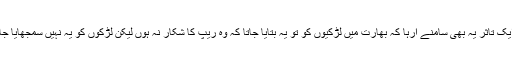
تاہم خواتین کی جانب سے ایک تاثر یہ بھی سامنے آرہا کہ بھارت میں لڑکیوں کو تو یہ بتایا جاتا کہ وہ ریپ کا شکار نہ ہوں لیکن لڑکوں کو یہ نہیں سمجھایا جاتا کہ انہیں ریپ نہیں کرنا۔